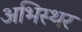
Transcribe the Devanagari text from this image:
अभिस्थर